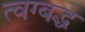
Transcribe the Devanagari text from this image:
त्वग्बद्ध